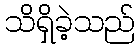
သိရှိခဲ့သည်